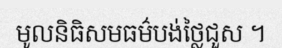
មូលនិធិសមធម៌បង់ថ្លៃជួស ។